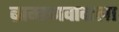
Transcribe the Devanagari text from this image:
ब्राम्हणवादाला